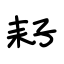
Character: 耔